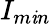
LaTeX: I_{m\mathit{i}n}